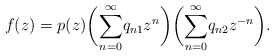
\begin{align*}f(z)=p(z)\bigg(\overset{\infty}{\underset{n=0}{\sum}}q_{n1}z^n\bigg) \bigg(\overset{\infty}{\underset{n=0}{\sum}}q_{n2}z^{-n}\bigg).\end{align*}